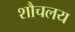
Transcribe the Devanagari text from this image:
शौचलय